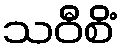
သဝီစိံ